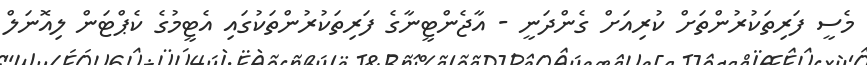
މެސީ ފަރިތަކުރުންތަށް ކުރިއަށް ގެންދަނީ - އާޖެންޓީނާގެ ފަރިތަކުރުންތަކުގައި އެޓީމުގެ ކެޕްޓަން ލިއޮނަލް